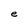
Character: e